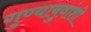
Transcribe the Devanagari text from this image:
गुण्याबुवांशी